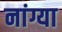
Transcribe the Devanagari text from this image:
नांग्या